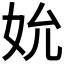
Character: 𪥬